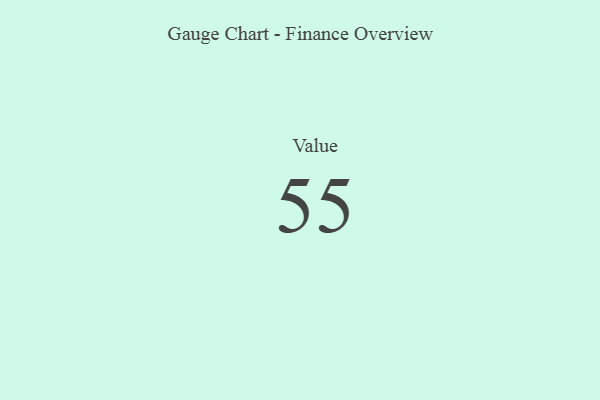
{"axis": {"x": "Metric", "y": "Value"}, "legend": [""], "data": [{"x": "Value", "y": 55, "type": ""}]}